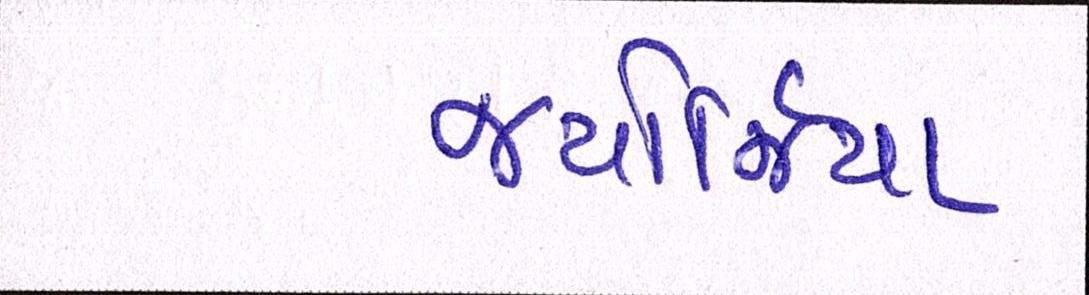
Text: જ્યોર્જિયાં